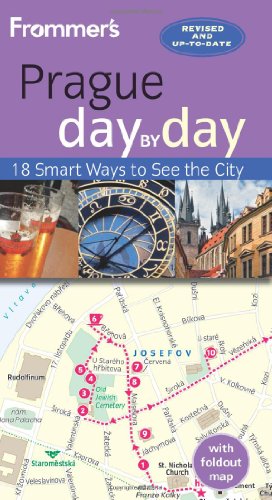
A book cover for Frommer's Prague day by day; Mark Baker; Travel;